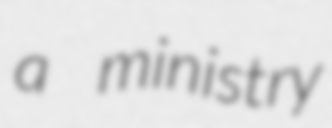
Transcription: a ministry